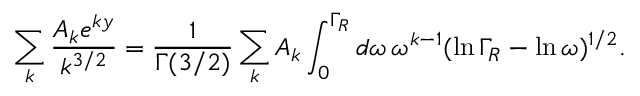
\sum _ { k } \frac { A _ { k } e ^ { k y } } { k ^ { 3 / 2 } } = \frac { 1 } { \Gamma ( 3 / 2 ) } \sum _ { k } A _ { k } \int _ { 0 } ^ { \Gamma _ { R } } d \omega \, \omega ^ { k - 1 } ( \ln \Gamma _ { R } - \ln \omega ) ^ { 1 / 2 } .